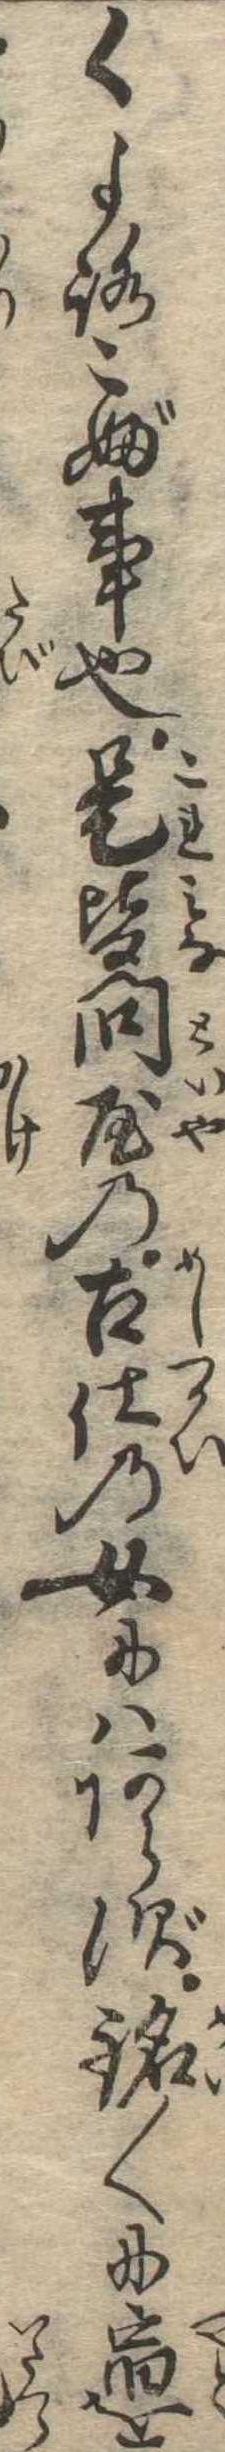
くよろこぶ事也是皆問屋の召使の女にはあらず銘〱に宿を